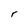
Character: r